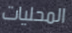
المحليات